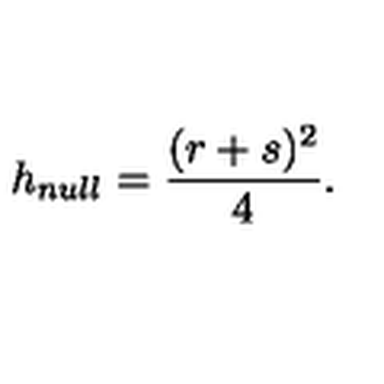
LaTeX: h _ { n u l l } = \frac { ( r + s ) ^ { 2 } } { 4 } .